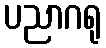
ပညာဂရု